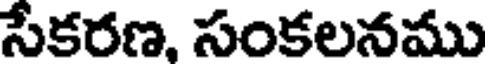
సేకరణ, సంకలనము